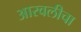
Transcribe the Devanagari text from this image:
आरवलीचा